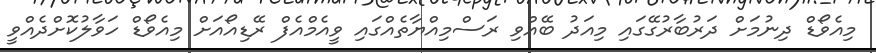
މިއެވޯޑް ދިނުމަށް ދަރުބާރުގޭގައި މިއަދު ބޭއްވި ރަސްމިއްޔާތެއްގައި ވީއެމްއެފް ރޭޑިއޯއަށް މިއެވޯޑް ހަވާލުކޮށްދެއްވީ